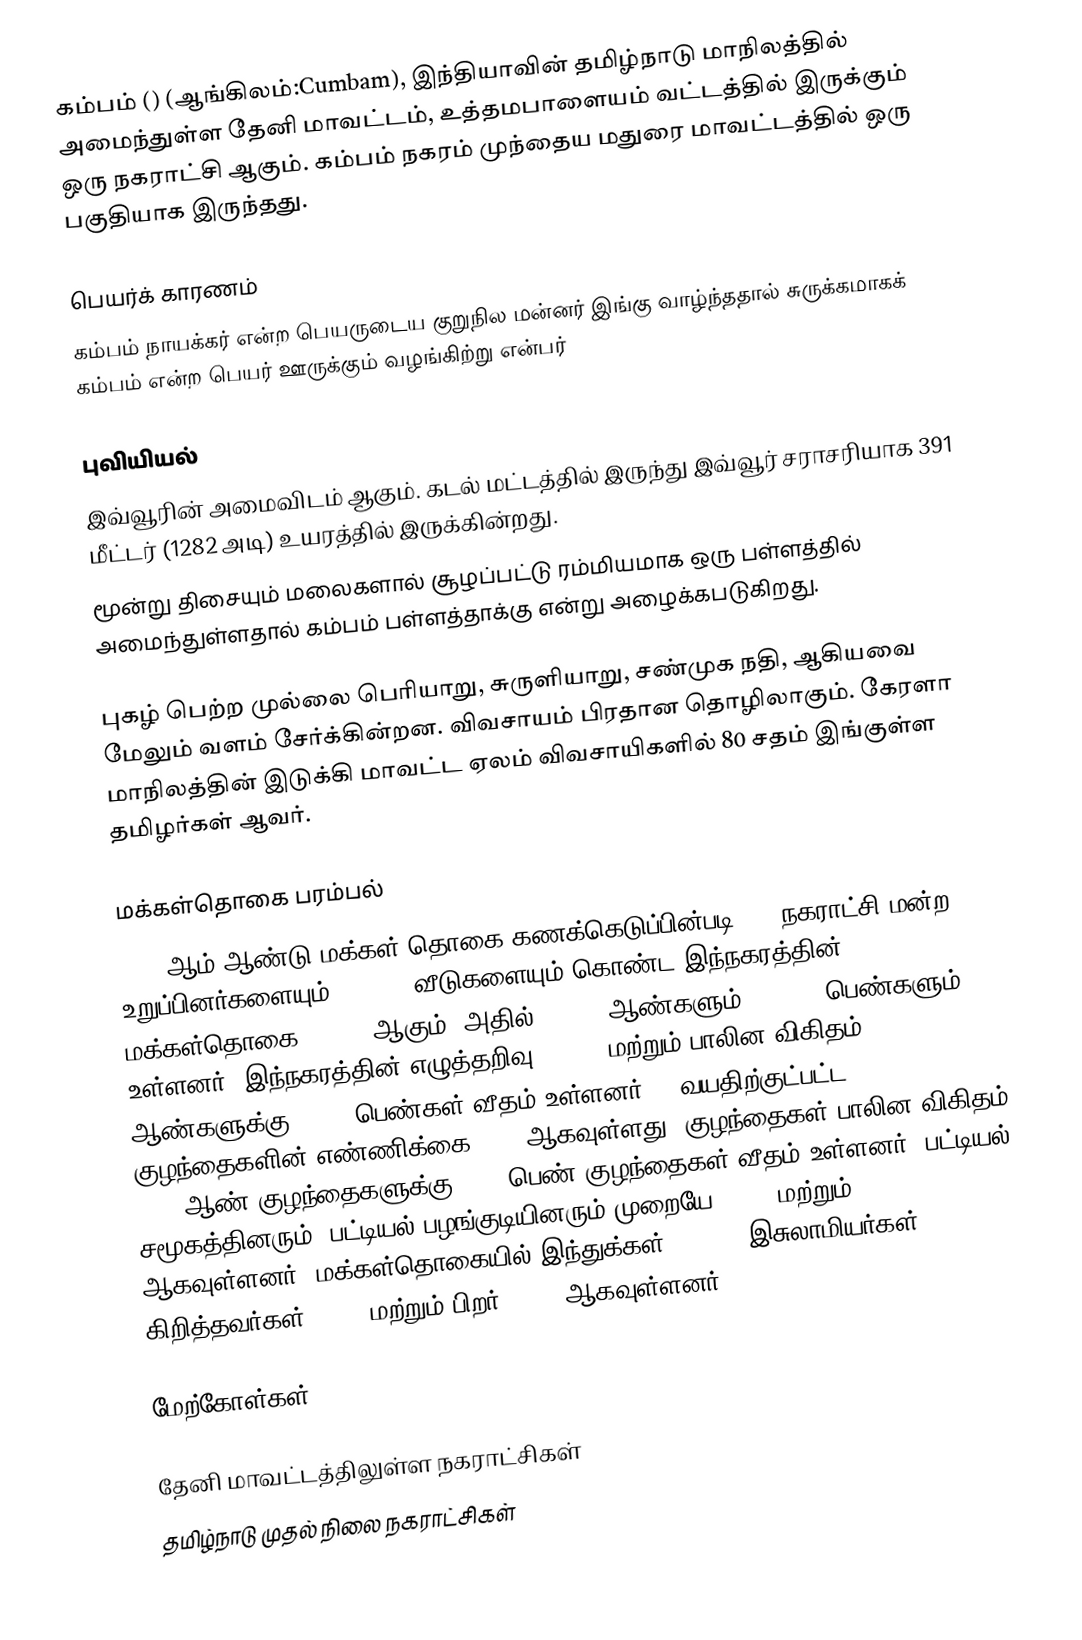
கம்பம் ()  (ஆங்கிலம்:Cumbam), இந்தியாவின் தமிழ்நாடு மாநிலத்தில் அமைந்துள்ள தேனி மாவட்டம், உத்தமபாளையம் வட்டத்தில் இருக்கும் ஒரு நகராட்சி ஆகும். கம்பம் நகரம் முந்தைய மதுரை மாவட்டத்தில் ஒரு பகுதியாக இருந்தது.

பெயர்க் காரணம்
கம்பம் நாயக்கர் என்ற பெயருடைய குறுநில மன்னர் இங்கு வாழ்ந்ததால் சுருக்கமாகக் கம்பம் என்ற பெயர் ஊருக்கும் வழங்கிற்று என்பர்

புவியியல்
இவ்வூரின் அமைவிடம்  ஆகும். கடல் மட்டத்தில் இருந்து இவ்வூர் சராசரியாக 391 மீட்டர் (1282 அடி) உயரத்தில் இருக்கின்றது.
மூன்று திசையும் மலைகளால் சூழப்பட்டு ரம்மியமாக ஒரு பள்ளத்தில் அமைந்துள்ளதால் கம்பம் பள்ளத்தாக்கு என்று அழைக்கபடுகிறது.

புகழ் பெற்ற முல்லை பெரியாறு, சுருளியாறு, சண்முக நதி, ஆகியவை மேலும் வளம் சேர்க்கின்றன. விவசாயம் பிரதான தொழிலாகும். கேரளா மாநிலத்தின் இடுக்கி மாவட்ட ஏலம் விவசாயிகளில் 80 சதம் இங்குள்ள தமிழர்கள் ஆவர்.

மக்கள்தொகை பரம்பல்
2011-ஆம் ஆண்டு மக்கள் தொகை கணக்கெடுப்பின்படி,  33 நகராட்சி மன்ற உறுப்பினர்களையும்,   18,567 வீடுகளையும் கொண்ட இந்நகரத்தின் மக்கள்தொகை 68,090 ஆகும். அதில் 33,848 ஆண்களும், 34,242 பெண்களும் உள்ளனர்.   இந்நகரத்தின் எழுத்தறிவு 84.85% மற்றும் பாலின விகிதம் 1,000 ஆண்களுக்கு, 1012 பெண்கள் வீதம் உள்ளனர். 6 வயதிற்குட்பட்ட குழந்தைகளின் எண்ணிக்கை 6661 ஆகவுள்ளது. குழந்தைகள் பாலின விகிதம்,  1000 ஆண் குழந்தைகளுக்கு, 949 பெண் குழந்தைகள் வீதம் உள்ளனர். பட்டியல் சமூகத்தினரும், பட்டியல் பழங்குடியினரும்  முறையே 5,282 மற்றும் 13  ஆகவுள்ளனர். மக்கள்தொகையில் இந்துக்கள் 78.60%,  இசுலாமியர்கள் 19.05%, கிறித்தவர்கள் 2.26%  மற்றும் பிறர் 0.09% ஆகவுள்ளனர்.

மேற்கோள்கள்

தேனி மாவட்டத்திலுள்ள நகராட்சிகள்
தமிழ்நாடு முதல் நிலை நகராட்சிகள்